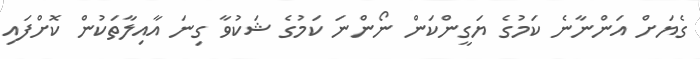
ގެޔަށް އަންނާނެ ކަމުގެ ޔަގީންކަން ނޯންނަ ކަމުގެ ޝަކުވާ ގިނަ އާއިލާތަކުން ކޮށްފައި